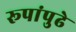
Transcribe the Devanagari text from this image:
रूपांपुढे